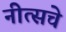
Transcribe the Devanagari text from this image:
नीत्सचे